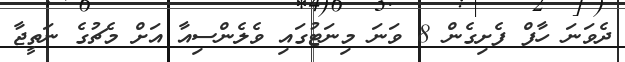
ދެވަނަ ހާފް ފެށިގެން 8 ވަނަ މިނަޓުގައި ވެލެންސިއާ އަށް މެޗުގެ ނަތީޖާ